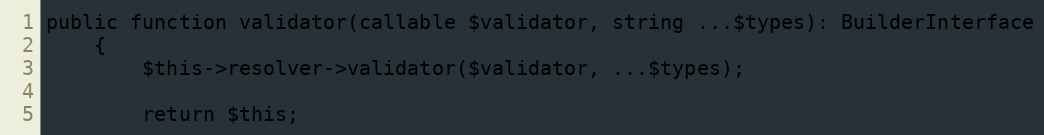
Language: PHP
public function validator(callable $validator, string ...$types): BuilderInterface
    {
        $this->resolver->validator($validator, ...$types);

        return $this;